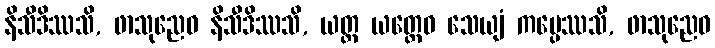
နိသီဒိဿသိ, ဖာသုညေဝ နိသီဒိဿသိ, ယတ္ထ ယတ္ထေဝ သေယျံ ကပ္ပေဿသိ, ဖာသုညေဝ